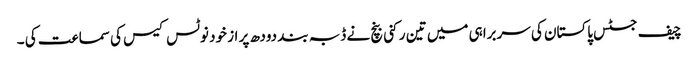
چیف جسٹس پاکستان کی سربراہی میں تین رکنی بنچ نے ڈبہ بند دودھ پر از خود نوٹس کیس کی سماعت کی ۔